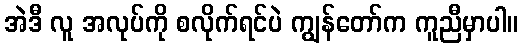
အဲဒီ လူ အလုပ်ကို စလိုက်ရင်ပဲ ကျွန်တော်က ကူညီမှာပါ။